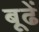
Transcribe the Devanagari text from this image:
बूढें